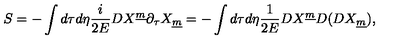
S = - \int d \tau d \eta { \frac { i } { 2 E } } D X ^ { \underline { m } } \partial _ { \tau } X _ { \underline { m } } = - \int d \tau d \eta { \frac { 1 } { 2 E } } D X ^ { \underline { m } } D ( D X _ { \underline { m } } ) ,